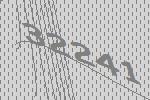
32241